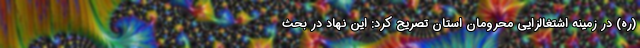
(ره) در زمینه اشتغالزایی محرومان استان تصریح کرد: این نهاد در بحث